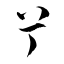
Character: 兮